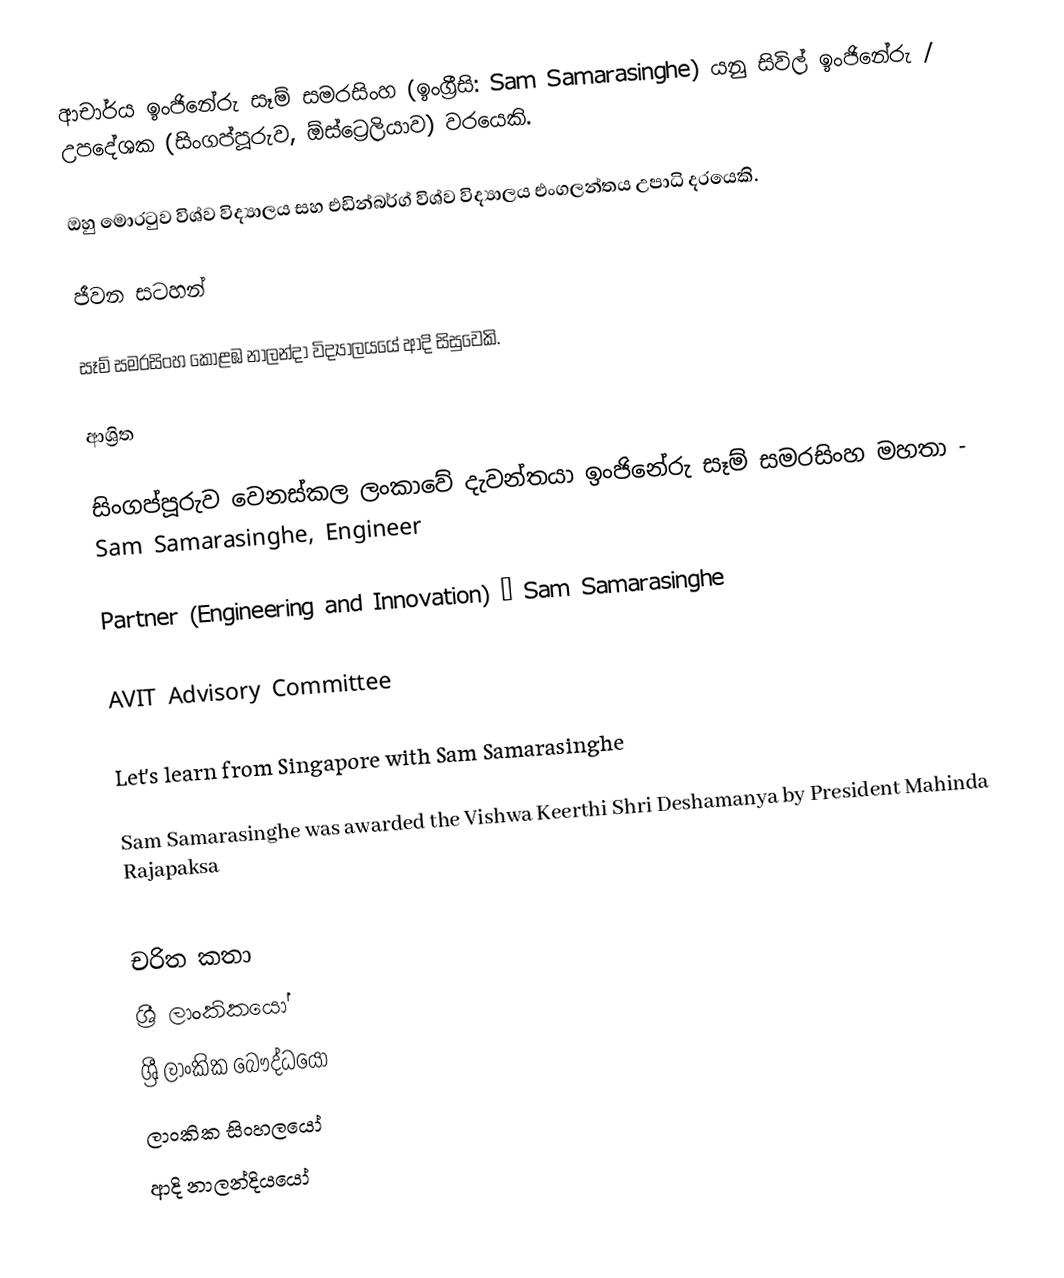
ආචාර්ය ඉංජිනේරු සෑම් සමරසිංහ (ඉංග්‍රීසි: Sam Samarasinghe) යනු සිවිල් ඉංජිනේරු  /  උපදේශක (සිංගප්පූරුව, ඕස්ට්‍රෙලියාව) වරයෙකි.

ඔහු මොරටුව විශ්ව විද්‍යාලය  සහ එඩින්බර්ග් විශ්ව විද්‍යාලය එංගලන්තය උපාධි දරයෙකි.

ජීවන සටහන්

සෑම් සමරසිංහ  කොළඹ නාලන්දා විද්‍යාලයයේ ආදි සිසුවෙකි.

ආශ්‍රිත

 සිංගප්පූරුව වෙනස්කල ලංකාවේ දැවන්තයා ඉංජිනේරු සෑම් සමරසිංහ මහතා - Sam Samarasinghe, Engineer

 Partner (Engineering and Innovation) – Sam Samarasinghe

 AVIT Advisory Committee

 Let’s learn from Singapore with Sam Samarasinghe

 Sam Samarasinghe was awarded the Vishwa Keerthi Shri Deshamanya by President Mahinda Rajapaksa

චරිත කතා
ශ්‍රී ලාංකිකයෝ
ශ්‍රී ලාංකික බෞද්ධයෝ
ලාංකික සිංහලයෝ
ආදි නාලන්දියයෝ